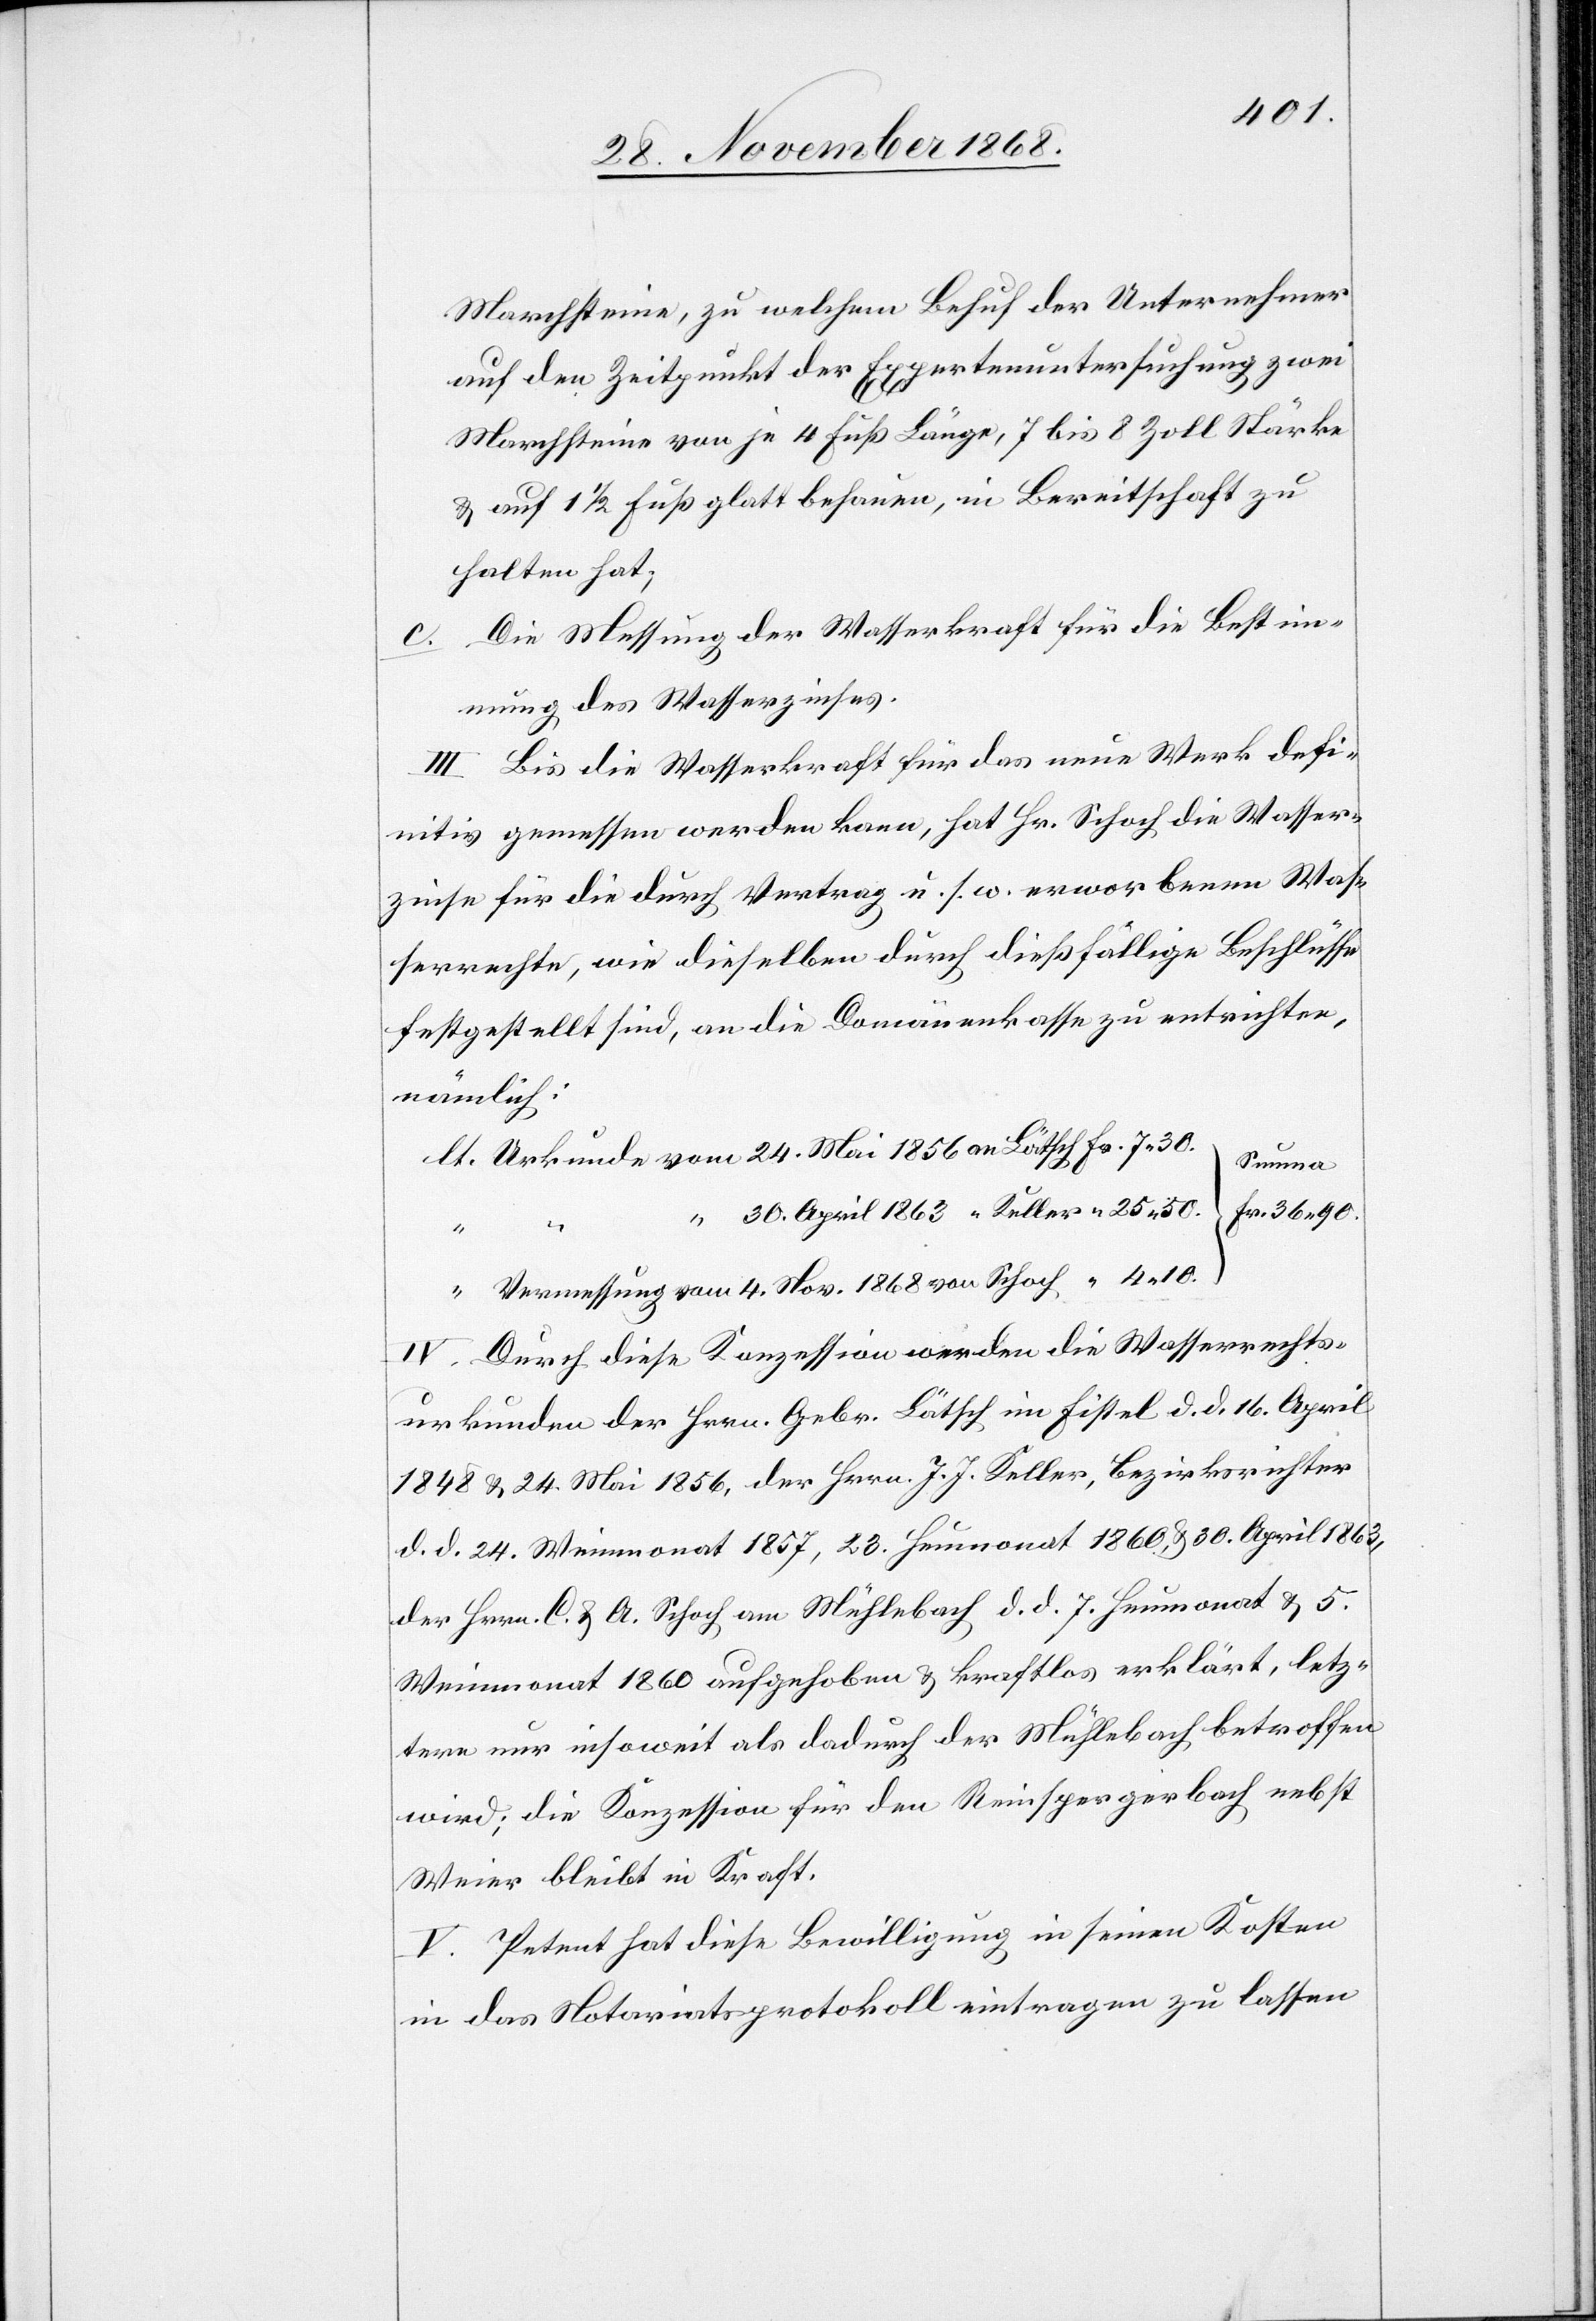
Marchsteine, zu welchem Behuf der Unternehmer
auf den Zeitpunkt der Expertenuntersuchung zwei
Marchsteine von je 4 Fuß Länge, 7 bis 8 Zoll Stärke
& auf 1 1/2 Fuß glatt behauen, in Bereitschaft zu
halten hat;
Die Messung der Wasserkraft für die Bestim¬
mung des Wasserzinses.
III. Bis die Wasserkraft für das neue Werk defi¬
nitiv gemessen werden kann, hat Hr. Schoch die Wasser¬
zinse für die durch Vertrag u. s. w. erworbenen Was¬
serrechte, wie dieselben durch dießfällige Beschlüsse
festgestellt sind, an die Domänenkasse zu entrichten,
nämlich:
lt. Urkunde vom 24. Mai 1856 an Lätsch
Summa
Fr. 36.90.
“ 30. April 1863 “ Keller
“
“ Vermessung vom 4. Nov. 1868 von Schoch
IV. Durch diese Konzession werden die Wasserrechts¬
urkunden der Hrrn. Gebr. Lätsch im Fistel d. d. 16. April
1848 & 24. Mai 1856, der [sic!] Hrrn. J. J. Keller, Bezirksrichter
d. d. 24. Weinmonat 1857, 23. Heumonat 1860, & 30. April 1863,
der Hrrn. C. & A. Schoch am Mühlebach d. d. 7. Heumonat & 5.
Weinmonat 1860 aufgehoben & kraftlos erklärt, letz¬
tere nur insoweit als dadurch der Mühlebach betroffen
wird; die Konzession für den Reinspergerbach nebst
Weier bleibt in Kraft.
V. Petent hat diese Bewilligung in seinen Kosten
in das Notariatsprotokoll eintragen zu lassen